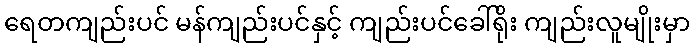
ရေတကျည်းပင် မန်ကျည်းပင်နှင့် ကျည်းပင်ခေါ်ရိုး ကျည်းလူမျိုးမှာ